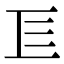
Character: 𢀚